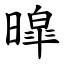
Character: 暭